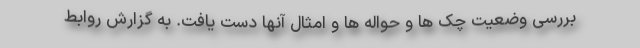
بررسی وضعیت چک ها و حواله ها و امثال آنها دست یافت. به گزارش روابط